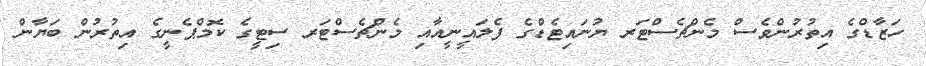
ހަޒާޑްގެ އިތުރުންވެސް މެންޗެސްޓަރ ޔުނައިޓެޑްގެ ފެލައީނީއާއި މެންޗެސްޓަރ ސިޓީގެ ކޮމްޕެނީގެ އިތުރުން ބަޔާން